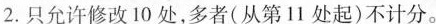
2.只允许修改 10 处,多者(从第11 处起)不计分。